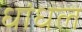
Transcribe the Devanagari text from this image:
धांधल